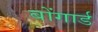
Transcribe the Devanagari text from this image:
बोंगार्ड